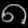
Digit: ၈